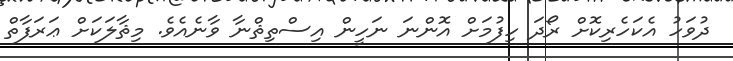
ދުވަހު އެކަހެރިކޮށް ރޯދަ ހިފުމަށް އޮންނަ ނަހީން އިސްތިޘްނާ ވާނެއެވެ. މިޘާލަކަށް ޢަރަފާތް